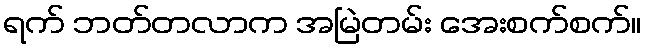
ရက် ဘတ်တလာက အမြဲတမ်း အေးစက်စက်။